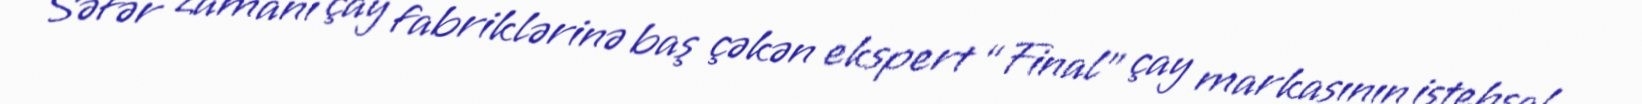
Səfər zamanı çay fabriklərinə baş çəkən ekspert “Final” çay markasının istehsal